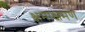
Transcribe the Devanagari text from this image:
क्षमाक्षमण